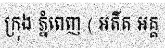
ក្រុង ភ្នំពេញ ( អតីត អគ្គ